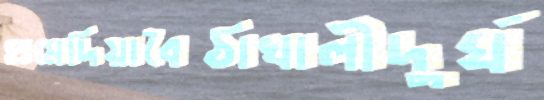
হামেদিয়াবৈঠাখালীদুর্ঘ